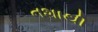
નશાથી